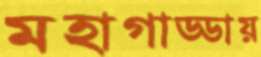
মহাগাড্ডায়